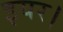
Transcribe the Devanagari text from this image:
इयर।